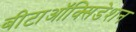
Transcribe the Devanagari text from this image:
बीटाऑक्सिडेशन